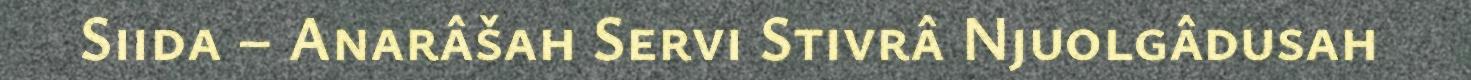
Siida – Anarâšah Servi Stivrâ Njuolgâdusah